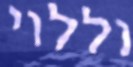
וללוי